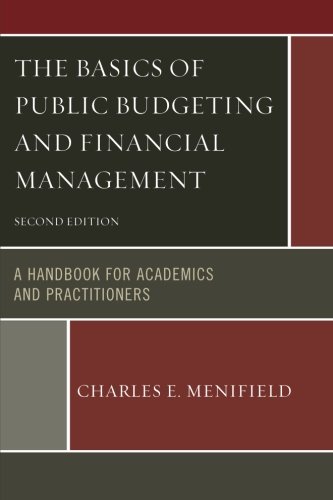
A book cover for The Basics of Public Budgeting and Financial Management: A Handbook for Academics and Practitioners; Charles E. Menifield; Business & Money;